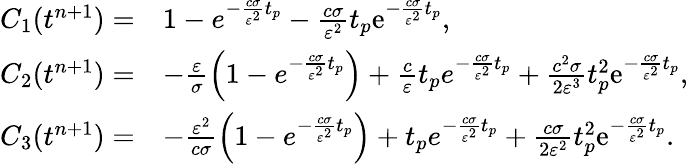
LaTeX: \begin{array}{rl}{C_{1}(t^{n+1})=}&{1-e^{-\frac{c\sigma}{\varepsilon^{2}}t_{p}}-\frac{c\sigma}{\varepsilon^{2}}t_{p}\mathrm{e}^{-\frac{c\sigma}{\varepsilon^{2}}t_{p}},}\\ {C_{2}(t^{n+1})=}&{-\frac{\varepsilon}{\sigma}\left(1-e^{-\frac{c\sigma}{\varepsilon^{2}}t_{p}}\right)+\frac{c}{\varepsilon}t_{p}e^{-\frac{c\sigma}{\varepsilon^{2}}t_{p}}+\frac{c^{2}\sigma}{2\varepsilon^{3}}t_{p}^{2}\mathrm{e}^{-\frac{c\sigma}{\varepsilon^{2}}t_{p}},}\\ {C_{3}(t^{n+1})=}&{-\frac{\varepsilon^{2}}{c\sigma}\left(1-e^{-\frac{c\sigma}{\varepsilon^{2}}t_{p}}\right)+t_{p}e^{-\frac{c\sigma}{\varepsilon^{2}}t_{p}}+\frac{c\sigma}{2\varepsilon^{2}}t_{p}^{2}\mathrm{e}^{-\frac{c\sigma}{\varepsilon^{2}}t_{p}}.}\end{array}